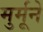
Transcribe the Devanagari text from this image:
मुर्मूने